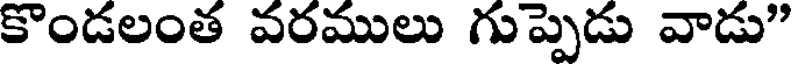
కొండలంత వరములు గుప్పెడు వాడు"